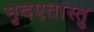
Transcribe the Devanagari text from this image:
मृदएतास्तु